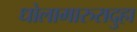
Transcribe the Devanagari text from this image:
धोलामारुरादुहा